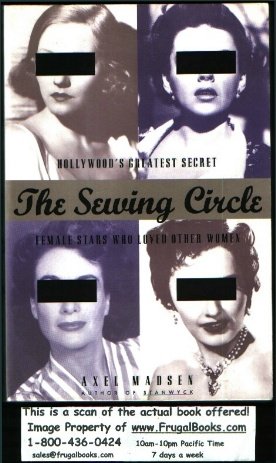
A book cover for The Sewing Circle: Hollywood's Greatest Secret: Female Stars Who Loved Other Women; Axel Madsen; Gay & Lesbian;